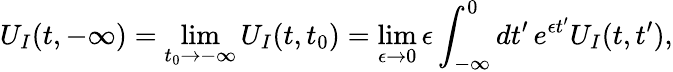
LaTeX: U_{I}(t,-\infty)=\operatorname*{lim}_{t_{0}\to-\infty}U_{I}(t,t_{0})=\operatorname*{lim}_{\epsilon\to 0}\epsilon\int_{-\infty}^{0}dt^{\prime}\, e^{\epsilon t^{\prime}}U_{I}(t,t^{\prime}),